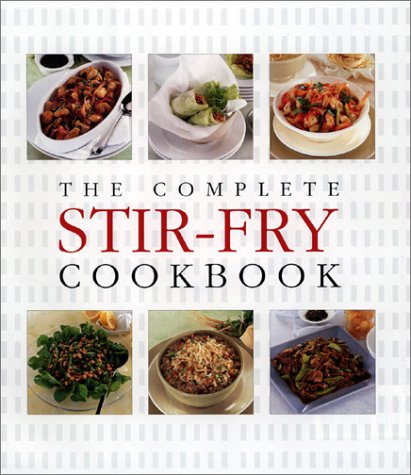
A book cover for The Complete Stir-Fry Cookbook; Thunder Bay Press; Cookbooks, Food & Wine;